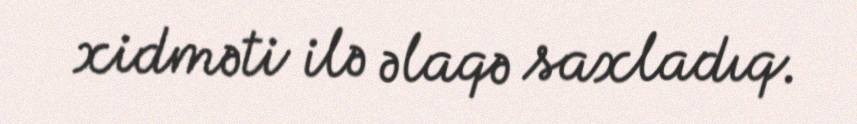
xidməti ilə əlaqə saxladıq.